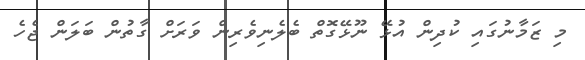
މި ޒަމާނުގައި ކުދިން އުޅޭ ނޫޅޭގޮތް ބެލެނިވެރިން ވަރަށް ގާތުން ބަލަން ޖެހެ